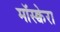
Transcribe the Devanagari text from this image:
मॉस्क्वेरा